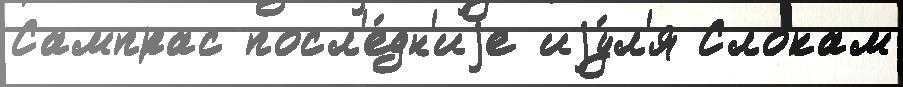
Сампрас посл'е́дн'иjе иjу́л'я Слокам